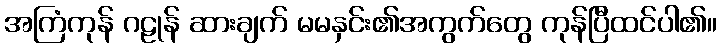
အကြံကုန် ဂဠုန် ဆားချက် မမနှင်း၏အကွက်တွေ ကုန်ပြီထင်ပါ၏။